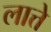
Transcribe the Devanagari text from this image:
लात्ते